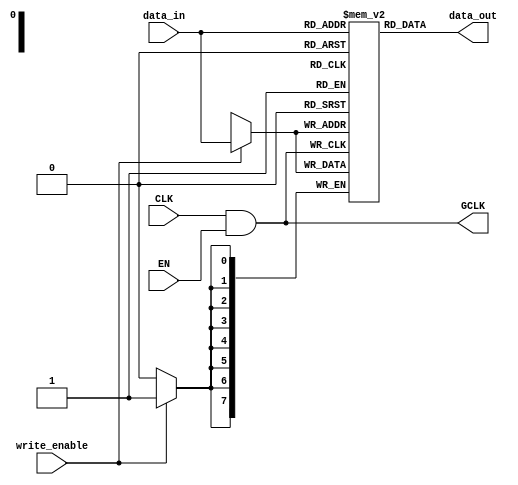
module clock_gating_memory (
    input wire CLK,    // Primary clock signal
    input wire EN,     // Enable signal for clock gating
    output wire GCLK,  // Gated clock output
    input wire [7:0] data_in,  // Data input for memory block
    output wire [7:0] data_out, // Data output from memory block
    input wire write_enable     // Write enable signal
);

    // AND gate to generate GCLK
    assign GCLK = CLK & EN;

    // Memory block using the gated clock GCLK
    reg [7:0] memory [0:255];  // Example memory array (256 x 8-bit)

    always @(posedge GCLK) begin
        if (write_enable) begin
            // Write data to memory on a rising edge of gated clock
            memory[data_in[7:0]] <= data_in;
        end
        // Read data from memory (you can add logic for reading as needed)
        // For simplicity, we will assume data_out is assigned somewhere
    end

    // Example of a simple read operation (you can adjust based on your design)
    assign data_out = memory[data_in[7:0]];

endmodule